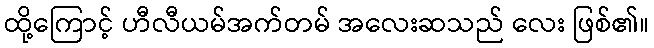
ထို့ကြောင့် ဟီလီယမ်အက်တမ် အလေးဆသည် လေး ဖြစ်၏။